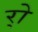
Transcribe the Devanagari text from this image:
र्‍ाे